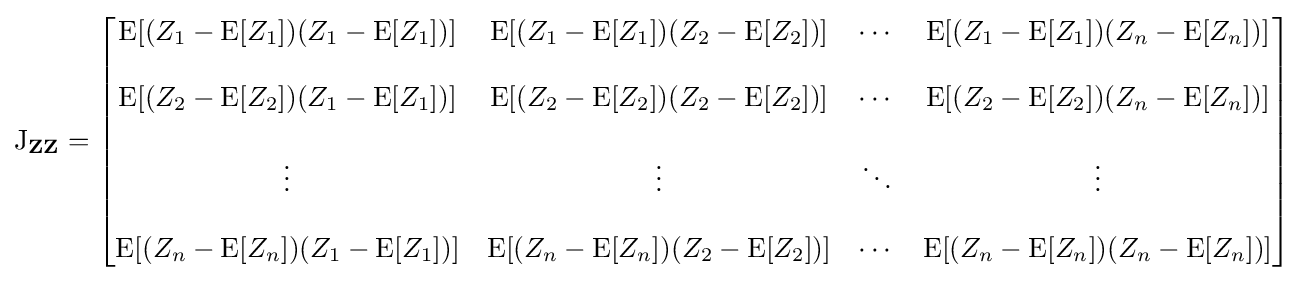
\operatorname {J} _{\mathbf {Z} \mathbf {Z} }={\begin{bmatrix}\mathrm {E} [(Z_{1}-\operatorname {E} [Z_{1}])(Z_{1}-\operatorname {E} [Z_{1}])]&\mathrm {E} [(Z_{1}-\operatorname {E} [Z_{1}])(Z_{2}-\operatorname {E} [Z_{2}])]&\cdots &\mathrm {E} [(Z_{1}-\operatorname {E} [Z_{1}])(Z_{n}-\operatorname {E} [Z_{n}])]\\\\\mathrm {E} [(Z_{2}-\operatorname {E} [Z_{2}])(Z_{1}-\operatorname {E} [Z_{1}])]&\mathrm {E} [(Z_{2}-\operatorname {E} [Z_{2}])(Z_{2}-\operatorname {E} [Z_{2}])]&\cdots &\mathrm {E} [(Z_{2}-\operatorname {E} [Z_{2}])(Z_{n}-\operatorname {E} [Z_{n}])]\\\\\vdots &\vdots &\ddots &\vdots \\\\\mathrm {E} [(Z_{n}-\operatorname {E} [Z_{n}])(Z_{1}-\operatorname {E} [Z_{1}])]&\mathrm {E} [(Z_{n}-\operatorname {E} [Z_{n}])(Z_{2}-\operatorname {E} [Z_{2}])]&\cdots &\mathrm {E} [(Z_{n}-\operatorname {E} [Z_{n}])(Z_{n}-\operatorname {E} [Z_{n}])]\end{bmatrix}}